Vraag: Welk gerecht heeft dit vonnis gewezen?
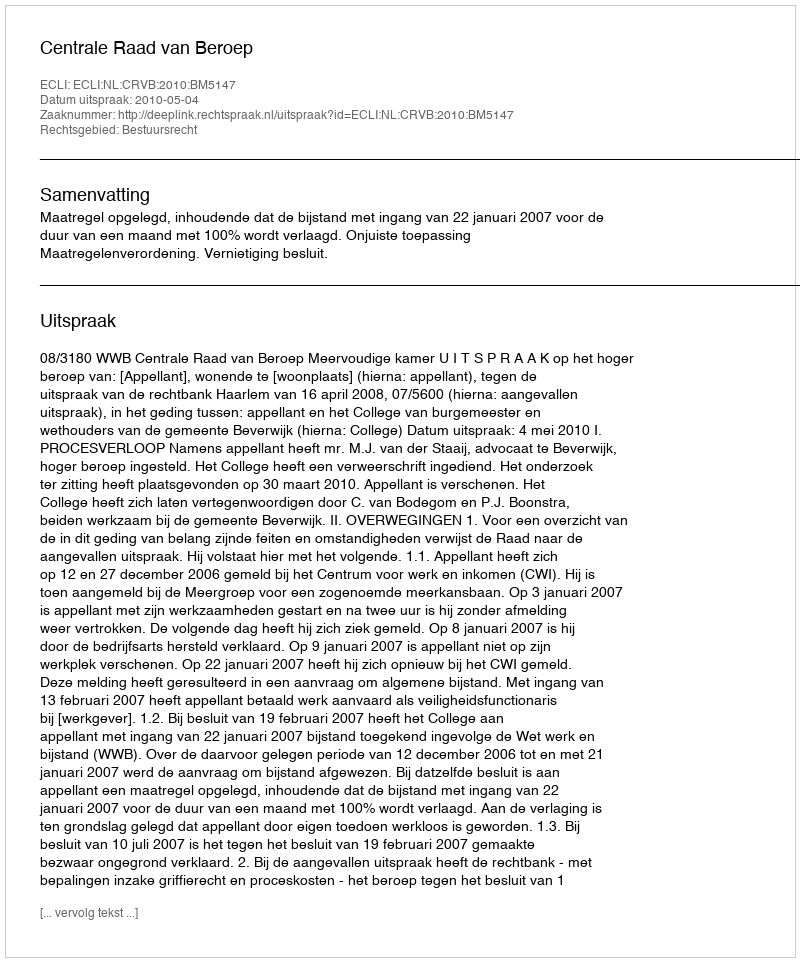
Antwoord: Centrale Raad van Beroep